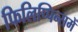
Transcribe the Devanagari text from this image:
फिलिप्पिन्समें